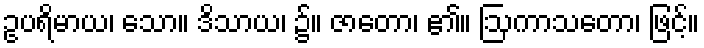
ဥပရိမာယ၊ သော။ ဒိသာယ၊ ၌။ ဇာတော၊ ၏။ ဩကာသတော၊ ဖြင့်။